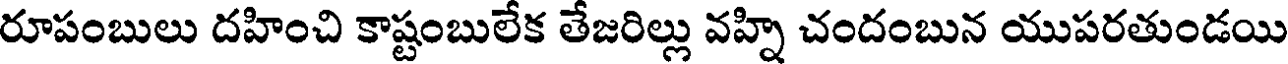
రూపంబులు దహించి కాష్టంబులేక తేజరిల్లు వహ్ని చందంబున యుపరతుండయి